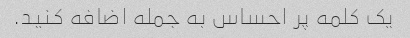
یک کلمه پر احساس به جمله اضافه کنید.